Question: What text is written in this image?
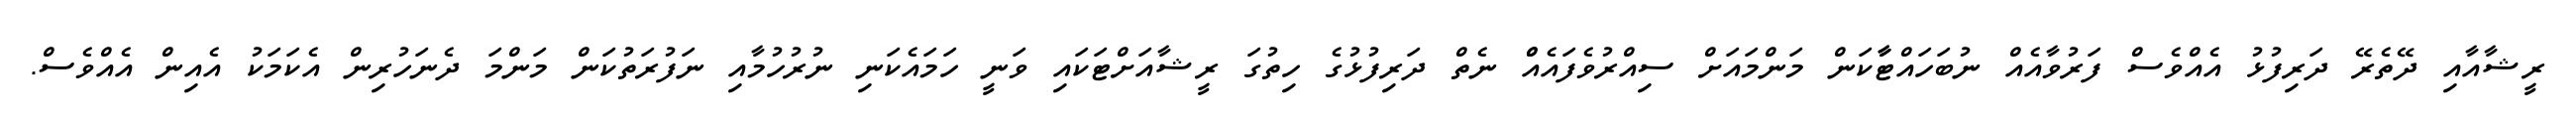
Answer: ރީޝާއާއި ދޭތެރޭ ދަރިފުޅު އެއްވެސް ފަރުވާއެއް ނުބަހައްޓާާކަން މަންމައަށް ސިއްރުވެފައެއްް ނެތް ދަރިފުޅުގެ ހިތުގަ ރީޝާއަށްޓަކައި ވަނީ ހަމައެކަނި ނުރުހުމާއި ނަފުރަތުކަން މަންމަ ދެނަހުރިން އެކަމަކު އެއިން އެއްވެސް.